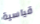
قياسية